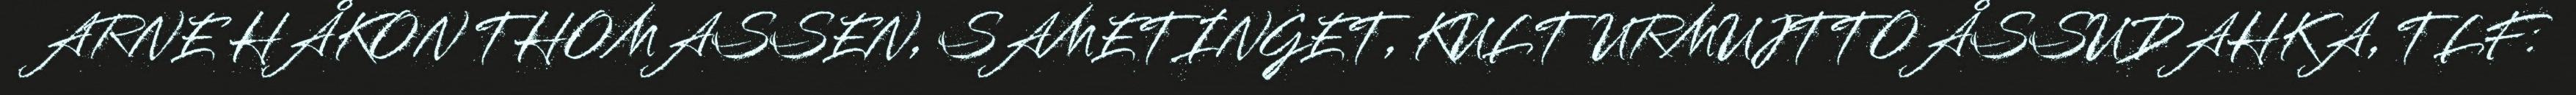
ARNE HÅKON THOMASSEN, SAMETINGET, KULTURMUJTTOÅSSUDAHKA, TLF: